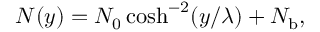
N ( y ) = N _ { 0 } \cosh ^ { - 2 } ( y / \lambda ) + N _ { \mathrm { b } } ,